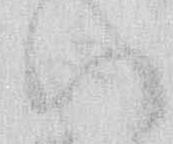
ハ